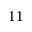
1 1